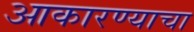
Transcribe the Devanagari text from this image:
आकारण्याचा